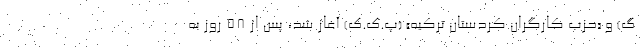
گ) و «حزب کارگران کردستان ترکیه» (پ.ک.ک) آغاز شد، پس از ۵۸ روز به